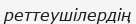
реттеушілердің